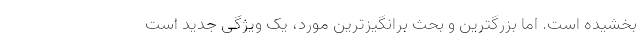
بخشیده است. اما بزرگترین و بحث برانگیزترین مورد، یک ویژگی جدید است